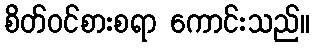
စိတ်ဝင်စားစရာ ကောင်းသည်။